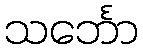
သင်္ဘော